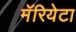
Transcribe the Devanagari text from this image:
मॅरियेटा